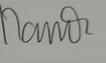
Signature authenticity: genuine